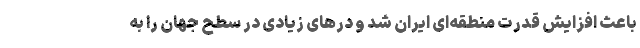
باعث افزایش قدرت منطقه‌ای ایران شد و درهای زیادی در سطح جهان را به